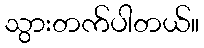
သွားတက်ပါတယ်။